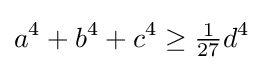
a^{4}+b^{4}+c^{4}\geq {\tfrac {1}{27}}d^{4}